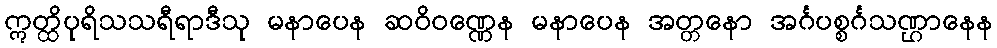
ဣတ္ထိပုရိသသရီရာဒီသု မနာပေန ဆဝိဝဏ္ဏေန မနာပေန အတ္တနော အင်္ဂပစ္စင်္ဂသဏ္ဌာနေန